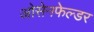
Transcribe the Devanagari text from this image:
ओसेनफेल्डर